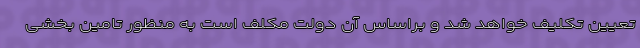
تعیین تکلیف خواهد شد و براساس آن دولت مکلف است به منظور تامین بخشی